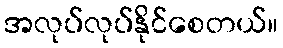
အလုပ်လုပ်နိုင်စေတယ်။